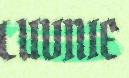
LUVNIE